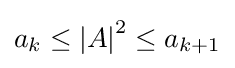
a_{k}\leq {\left\vert A\right\vert }^{2}\leq a_{k+1}